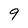
Character: 9